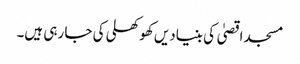
مسجد اقصیٰ کی بنیادیں کھوکھلی کی جا رہی ہیں۔